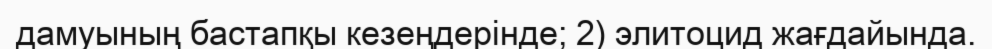
дамуының бастапқы кезеңдерінде; 2) элитоцид жағдайында.